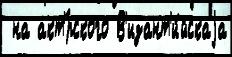
 на акт'́рского В'изант'и́йскаjа